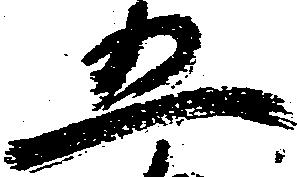
五